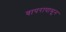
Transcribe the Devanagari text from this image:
वापरापासून